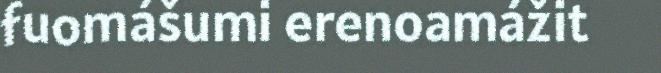
fuomášumi erenoamážit